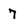
Character: 7